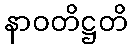
နာဝတိဋ္ဌတိ